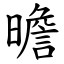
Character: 曕